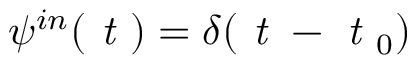
\psi ^ { i n } ( \textit { t } ) = \delta ( \textit { t } - \textit { t } _ { 0 } )